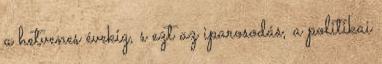
a hetvenes évekig, s ezt az iparosodás, a politikai